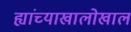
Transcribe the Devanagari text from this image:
ह्यांच्याखालोखाल